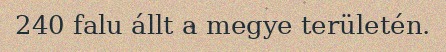
240 falu állt a megye területén.